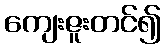
ကျေးဇူးတင်၍